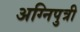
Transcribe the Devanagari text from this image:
अग्निपुत्री